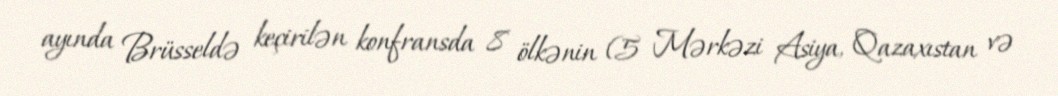
ayında Brüsseldə keçirilən konfransda 8 ölkənin (5 Mərkəzi Asiya, Qazaxıstan və